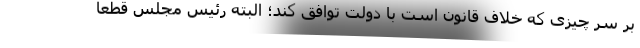
بر سر چیزی که خلاف قانون است با دولت توافق کند؛ البته رئیس مجلس قطعا